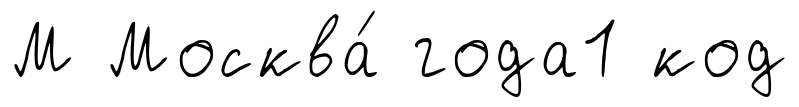
М Москва́ года1 код